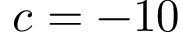
c = - 1 0